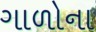
ગાળોના